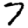
Digit: 7